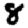
Digit: 8